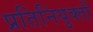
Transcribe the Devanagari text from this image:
प्रतिनियुक्तों